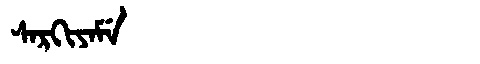
Manchu: ᠰᠠᡵᡴᡳᠶᠠᠮᡝ
Romanization: SARKIYAME